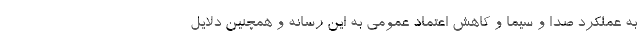
به عملکرد صدا و سیما و کاهش اعتماد عمومی به این رسانه و همچنین دلایل